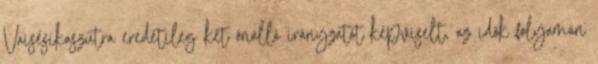
Vaisésikaszútra eredetileg két önálló irányzatot képviselt, az idők folyamán